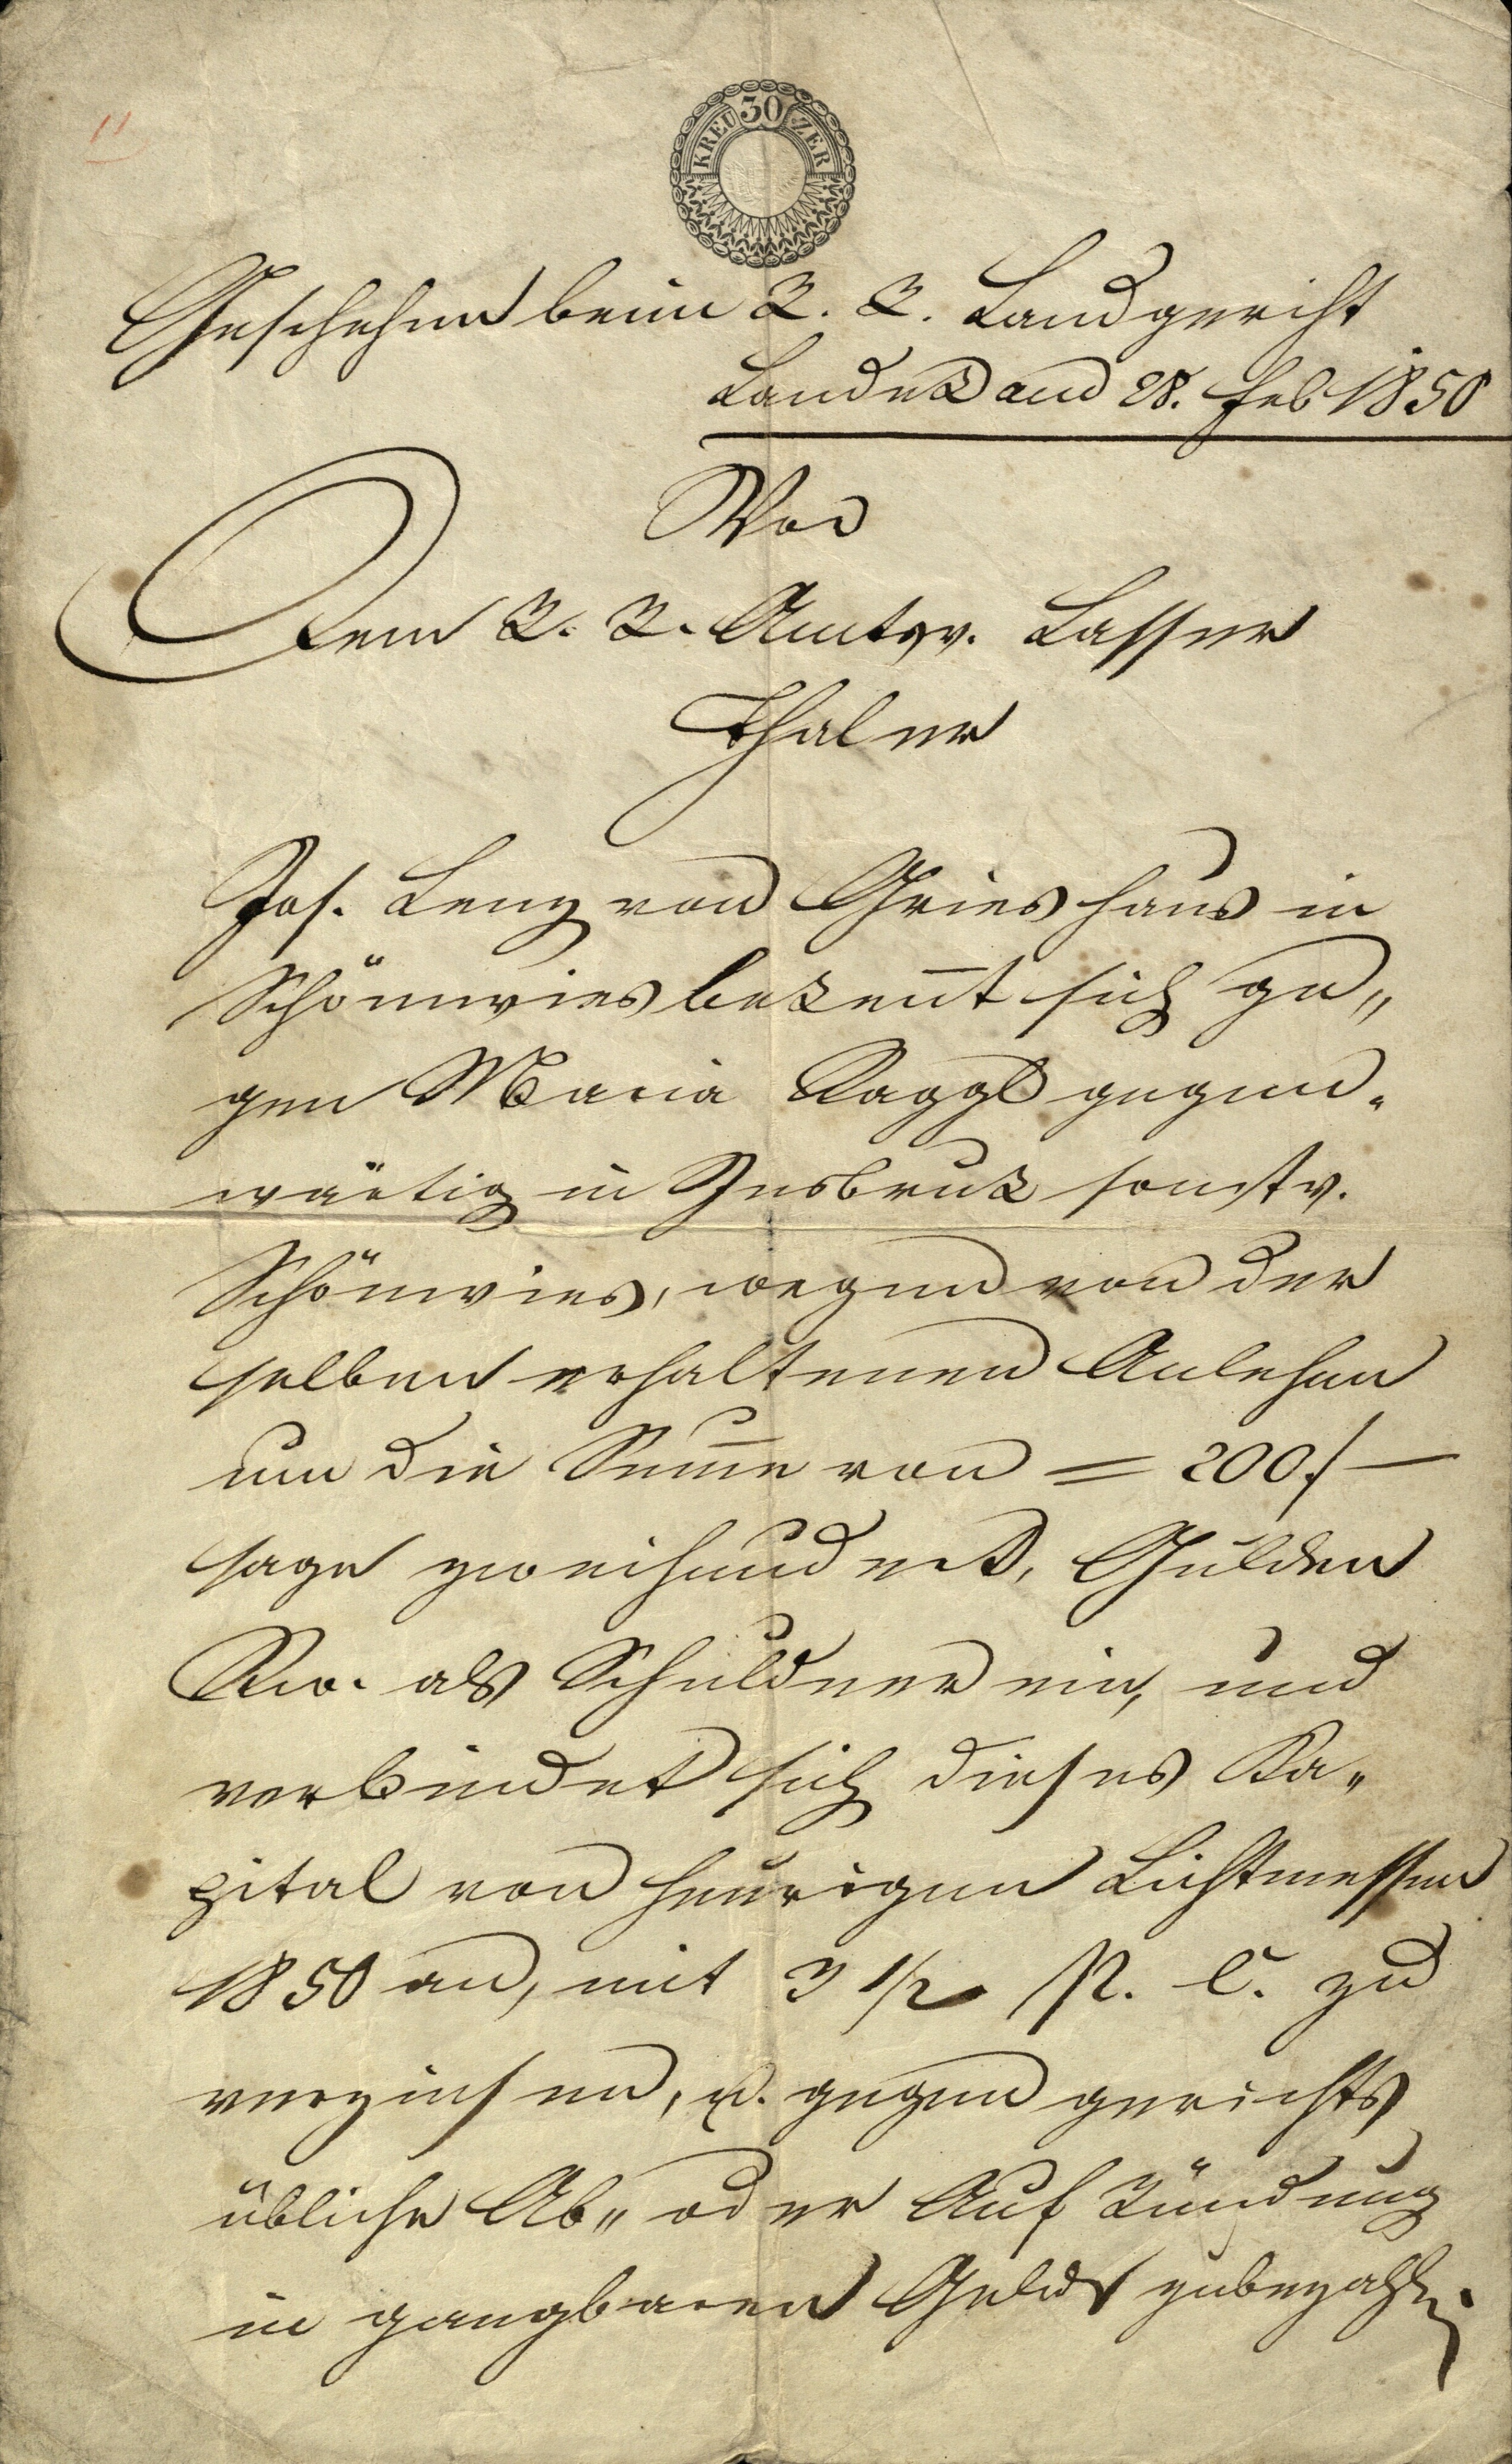
Geschehen beim k. k. Landgericht
Landek am 28. Feb 1850
Vor
Dem k. k. Amtsv. Lasser
Thaler
Jos. Lenz von Grins Haus in
Schönwies bekennt sich ge¬
gen Maria Raggl gegen¬
wärtig in Insbruk sonst v.
Schönwies, wegen von der
halben erhaltenen Anlehen
um die Summe von = 200 f —
sage zweihundert, Gulden
Rw. als Schuldner ein, und
verbindet sich dieses Ka¬
pital von heurigen Lichtmessen
1850 an, mit 3 ½ P. C. zu
verzinsen, u. gegen gerichts
übliche Ab- oder Aufkündung
in gangbaren Gulden zubezahlen.